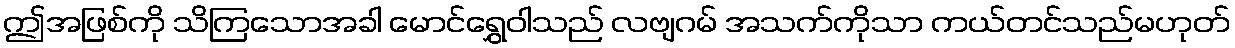
ဤအဖြစ်ကို သိကြသောအခါ မောင်ရွှေဝါသည် လဗျဂမ် အသက်ကိုသာ ကယ်တင်သည်မဟုတ်